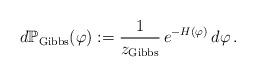
LaTeX: \begin{align*}d \mathbb{P}_{\mathrm{Gibbs}}(\varphi):=\frac{1}{z_{\mathrm{Gibbs}}}\,e^{-H(\varphi)}\,d\varphi\,.\end{align*}